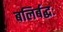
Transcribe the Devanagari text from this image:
बलिर्बद्धः